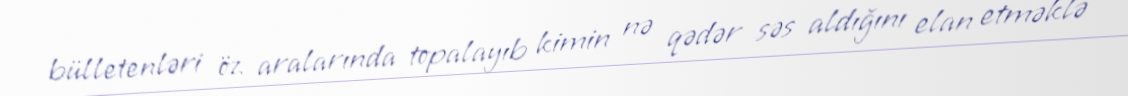
bülletenləri öz aralarında topalayıb kimin nə qədər səs aldığını elan etməklə